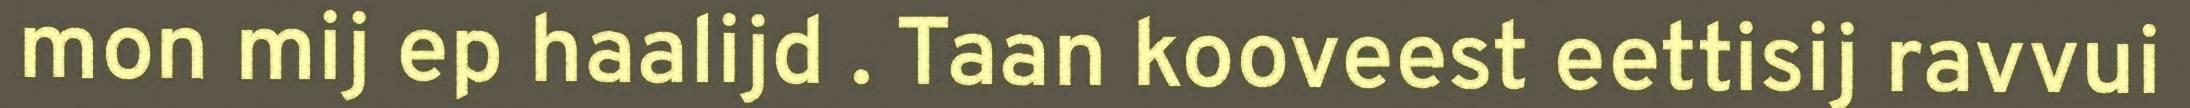
mon mij ep haalijd . Taan kooveest eettisij ravvui